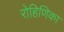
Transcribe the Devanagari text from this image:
रोहिणिका